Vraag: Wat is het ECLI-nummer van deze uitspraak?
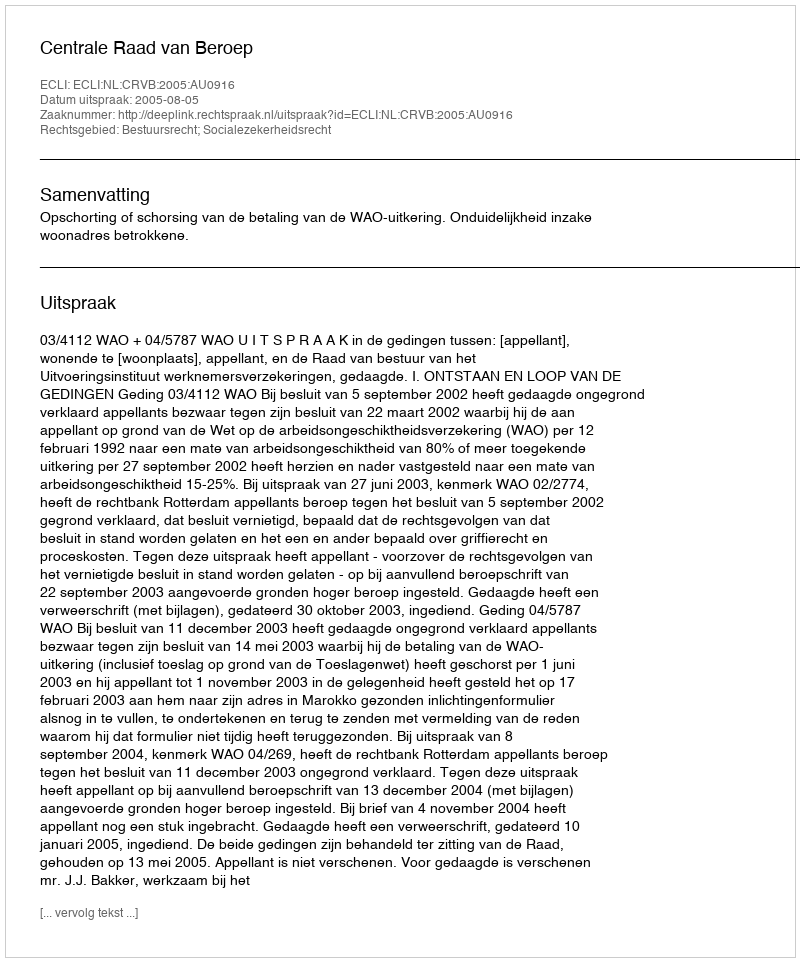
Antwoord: ECLI:NL:CRVB:2005:AU0916